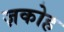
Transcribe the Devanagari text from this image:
ज़कोह